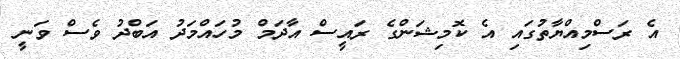
އެ ރަސްމިއްޔާތުގައި އެ ކޮމިޝަންގެ ރައީސް އާދަމް މުހައްމަދު އަބްދު ވެސް ވަނީ